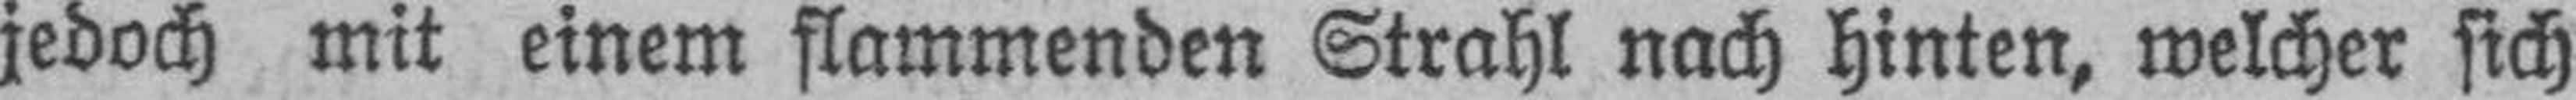
jedoch mit einem flammenden Strahl nach hinten, welcher sich